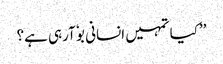
’’کیا تمہیں انسانی بوٗ آرہی ہے؟